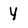
Character: y